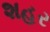
શહર